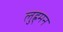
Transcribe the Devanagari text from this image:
लुह्र्मन